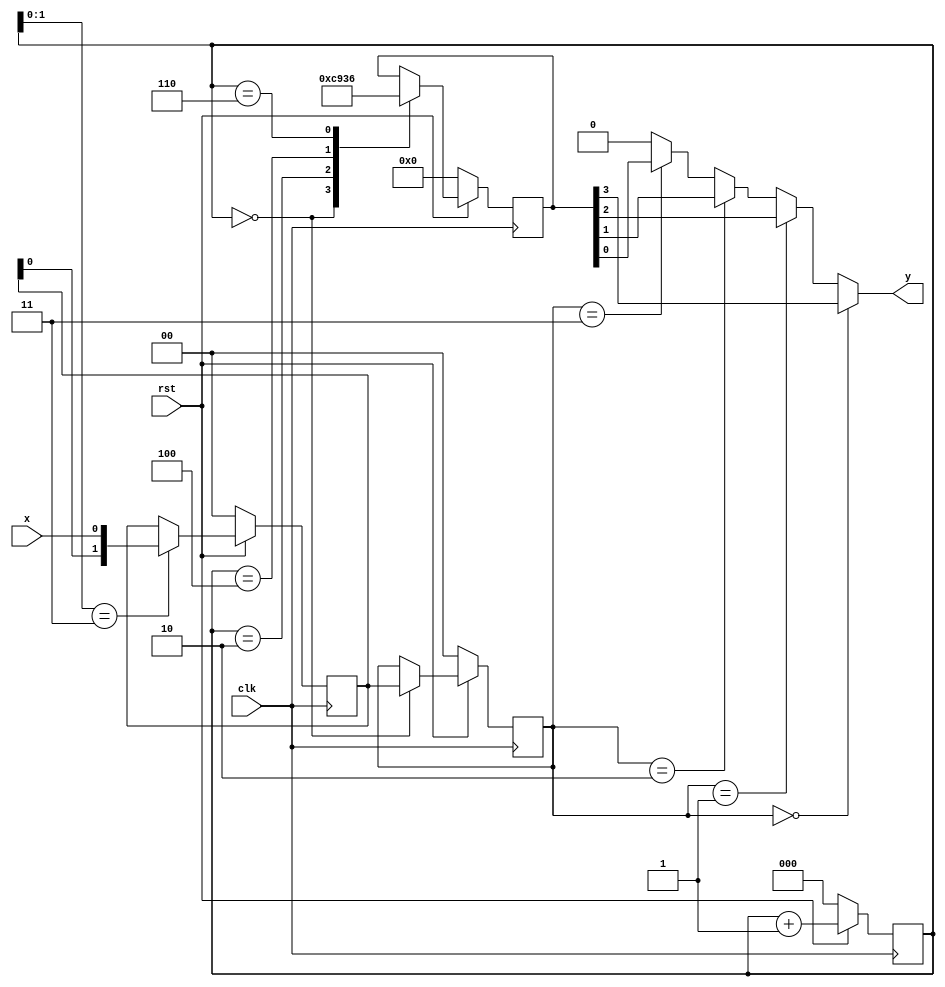
`timescale 1ns / 1ps


module QPSK(
      input clk, 
		input rst,
      input x,
      output y               //QPSK
		);                
 
reg [2:0] cnt;    
reg [1:0] x_middle;          //x
reg [3:0] carriers;          //4
reg [1:0] y_middle;

always @(posedge clk)        // 
begin   
  if(!rst)
     cnt<=0;
  else
     cnt<=cnt+1;
end

always @(posedge clk)        //
begin
  if(!rst)
     x_middle<=0;
  else
   begin
      if(cnt[1:0]==2'b11)
         x_middle<={x_middle[0],x};  //
		else
		   x_middle <= x_middle;       //
	end
end

always @(posedge clk)              // 
begin
  if(!rst)
   begin
     carriers<=4'b0000;
	  y_middle<=0;
	end
  else 
   begin
     case(cnt) 
			3'b000:begin
			        y_middle<=x_middle;
					  carriers<=4'b1100;	       				
			       end
			3'b010: carriers<=4'b1001;							
			3'b100: carriers<=4'b0011;	
			3'b110: carriers<=4'b0110;
	     default: carriers<=carriers;
	  endcase
   end
end

assign y = (y_middle == 2'b00) ? carriers[3] :
           (y_middle == 2'b01) ? carriers[2] :
			  (y_middle == 2'b10) ? carriers[1] :
			  (y_middle == 2'b11) ? carriers[0] : 0;

endmodule